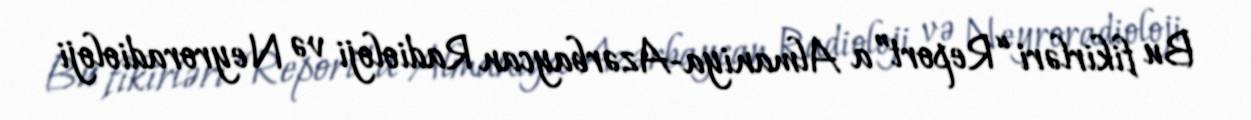
Bu fikirləri “Report”a Almaniya-Azərbaycan Radioloji və Neyroradioloji